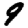
Digit: 9